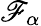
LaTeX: \mathscr{F}_{\alpha}